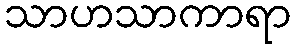
သာဟသာကာရာ